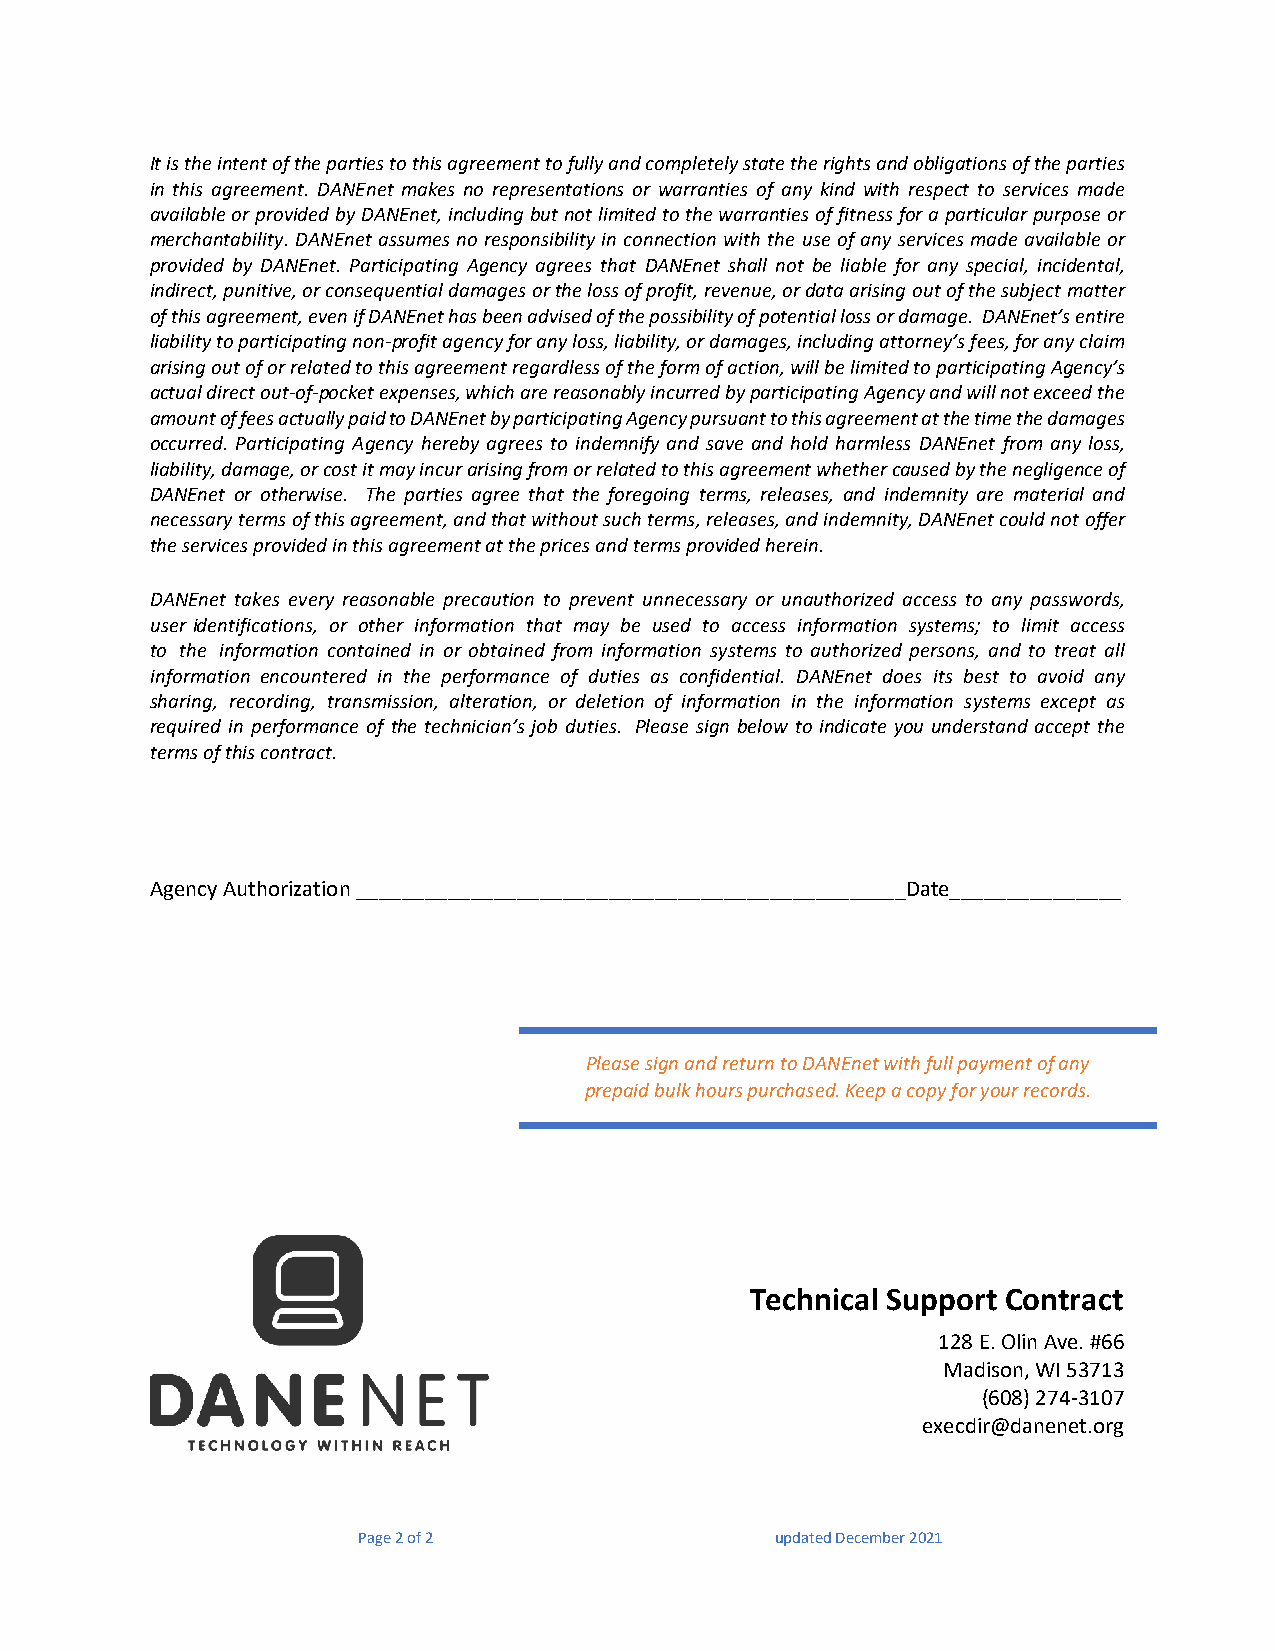
It is the intent of the parties to this agreement to fully and completely state the rights and obligations of the parties
 in this agreement. DANEnet makes no representations or warranties of any kind with respect to services made
 available or provided by DANEnet, including but not limited to the warranties of fitness for a particular purpose or
 merchantability. DANEnet assumes no responsibility in connection with the use of any services made available or
 provided by DANEnet. Participating Agency agrees that DANEnet shall not be liable for any special, incidental,
 indirect, punitive, or consequential damages or the loss of profit, revenue, or data arising out of the subject matter
 of this agreement, even if DANEnet has been advised of the possibility of potential loss or damage. DANEnet’s entire
 liability to participating non-profit agency for any loss, liability, or damages, including attorney’s fees, for any claim
 arising out of or related to this agreement regardless of the form of action, will be limited to participating Agency’s
 actual direct out-of-pocket expenses, which are reasonably incurred by participating Agency and will not exceed the
 amount of fees actually paid to DANEnet by participating Agency pursuant to this agreement at the time the damages
 occurred. Participating Agency hereby agrees to indemnify and save and hold harmless DANEnet from any loss,
 liability, damage, or cost it may incur arising from or related to this agreement whether caused by the negligence of
 DANEnet or otherwise. The parties agree that the foregoing terms, releases, and indemnity are material and
 necessary terms of this agreement, and that without such terms, releases, and indemnity, DANEnet could not offer
 the services provided in this agreement at the prices and terms provided herein.
 DANEnet takes every reasonable precaution to prevent unnecessary or unauthorized access to any passwords,
 user identifications, or other information that may be used to access information systems; to limit access
 to the information contained in or obtained from information systems to authorized persons, and to treat all
 information encountered in the performance of duties as confidential. DANEnet does its best to avoid any
 sharing, recording, transmission, alteration, or deletion of information in the information systems except as
 required in performance of the technician’s job duties. Please sign below to indicate you understand accept the
 terms of this contract.
 Agency Authorization ________________________________________________Date_______________
 Please sign and return to DANEnet with full payment of any
 prepaid bulk hours purchased. Keep a copy for your records.
 Technical Support Contract
 128 E. Olin Ave. #66
 Madison, WI 53713
 (608)274-3107
 execdir@danenet.org
 Page 2 of 2                updated December 2021